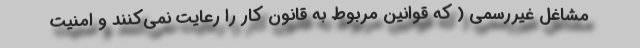
مشاغل غیررسمی ( که قوانین مربوط به قانون کار را رعایت نمی‌کنند و امنیت